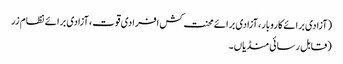
(آزادی برائے کاروبار، آزادی برائے محنت کش افرادی قوت، آزادی برائے نظام زر
(قابل رسائی منڈیاں۔